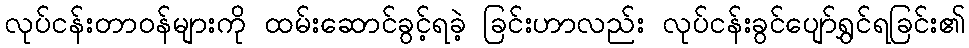
လုပ်ငန်းတာဝန်များကို ထမ်းဆောင်ခွင့်ရခဲ့ ခြင်းဟာလည်း လုပ်ငန်းခွင်ပျော်ရွှင်ရခြင်း၏